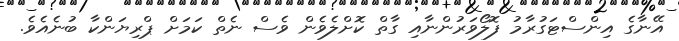
އޭނާގެ އިންސްޓަގުރާމު ފޮލޯވަރުންނާއި ގާތް ކޮށްލެވެން ވެސް ނެތް ކަމަށް ޕްރިޔަންކާ ބުނެއެވެ.